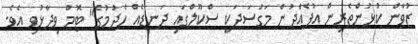
ޒުވާން ކުޅުންތެރިން އުފެއްދުން މަގުސަދަކީ ސްކޫލްގައި ދަނޑެއް ހެދުމުގެ" ޓޮމް ވިދާޅުވި އެވެ.